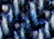
عاملة